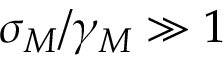
\sigma _ { M } / \gamma _ { M } \gg 1